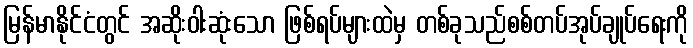
မြန်မာနိုင်ငံတွင် အဆိုးဝါးဆုံးသော ဖြစ်ရပ်များထဲမှ တစ်ခုသည်စစ်တပ်အုပ်ချုပ်ရေးကို